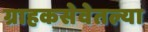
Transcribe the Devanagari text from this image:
ग्राहकसेवेतल्या